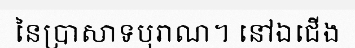
នៃប្រាសាទបុរាណ។ នៅឯជើង